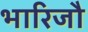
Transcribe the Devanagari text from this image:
भारिजौ